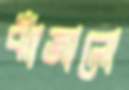
ঝাঁজালো